Lunatic asylums Punjab 1868-1880 - 1868-1880
Year: 1868
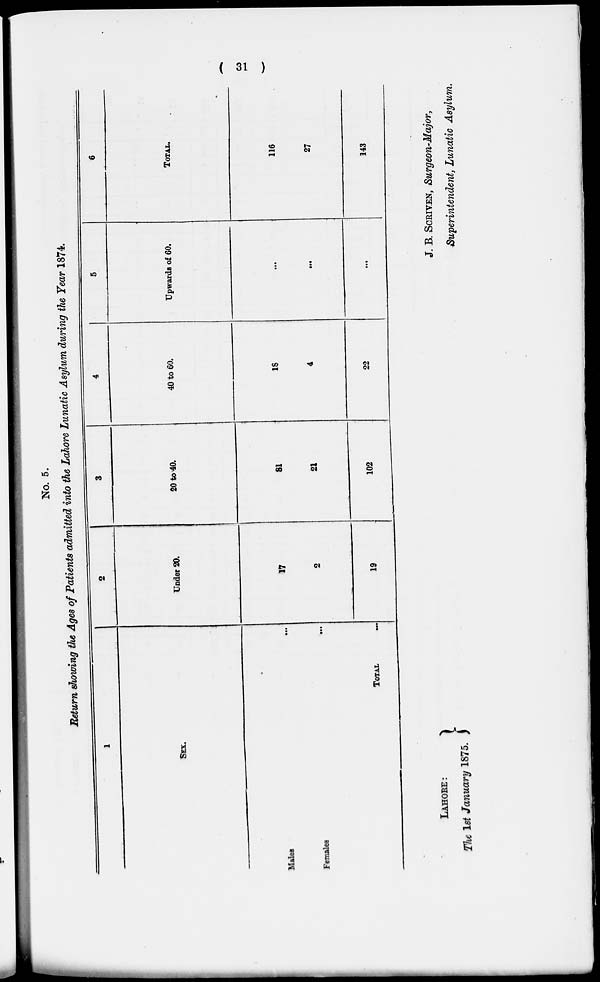
( 31 )
No. 5.
Return showing the Ages of Patients admitted into the Lahore Lunatic Asylum during the Year 1874.
1
SEX.
Males...
Females...
TOTAL
...
2
Under 20.
17
2
19
3
20 to 40.
81
21
102
4
40 to 60.
18
4
22
5
Upwards of 60.
...
...
...
6
TOTAL.
116
27
143
LAHORE:
The 1st January 1875.
J.B.SCRIVEN, Surgeon-Major,
Superintendent, Lunatic Asylum.